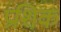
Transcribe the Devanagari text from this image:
प्रशिक